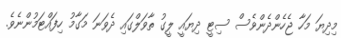
މިދިޔަ މަހާ ޖެހެންދެންވެސް ސިޓީ ދިޔައީ ލީގު ތާވަލްގައި ދެވަނަ މަގާމު ހިފައްޓަމުންނެވެ.